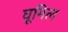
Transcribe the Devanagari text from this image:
घूमिल